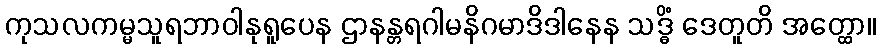
ကုသလကမ္မသူရဘာဝါနုရူပေန ဌာနန္တရဂါမနိဂမာဒိဒါနေန သဒ္ဓိံ ဒေတူတိ အတ္ထော။